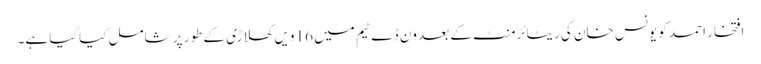
افتخار احمد کو یونس خان کی ریٹائرمنٹ کے بعد ون ڈے ٹیم میں 16 ویں کھلاڑی کے طور پر شامل کیاگیا ہے۔